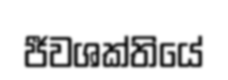
ජීවශක්තියේ